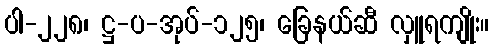
ပါ-၂၂၈၊ ဋ္ဌ-ပ-အုပ်-၁၂၅၊ ခြေနယ်ဆီ လှူရကျိုး။